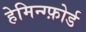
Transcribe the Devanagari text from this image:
हेमिन्ग्फ़ोर्ड